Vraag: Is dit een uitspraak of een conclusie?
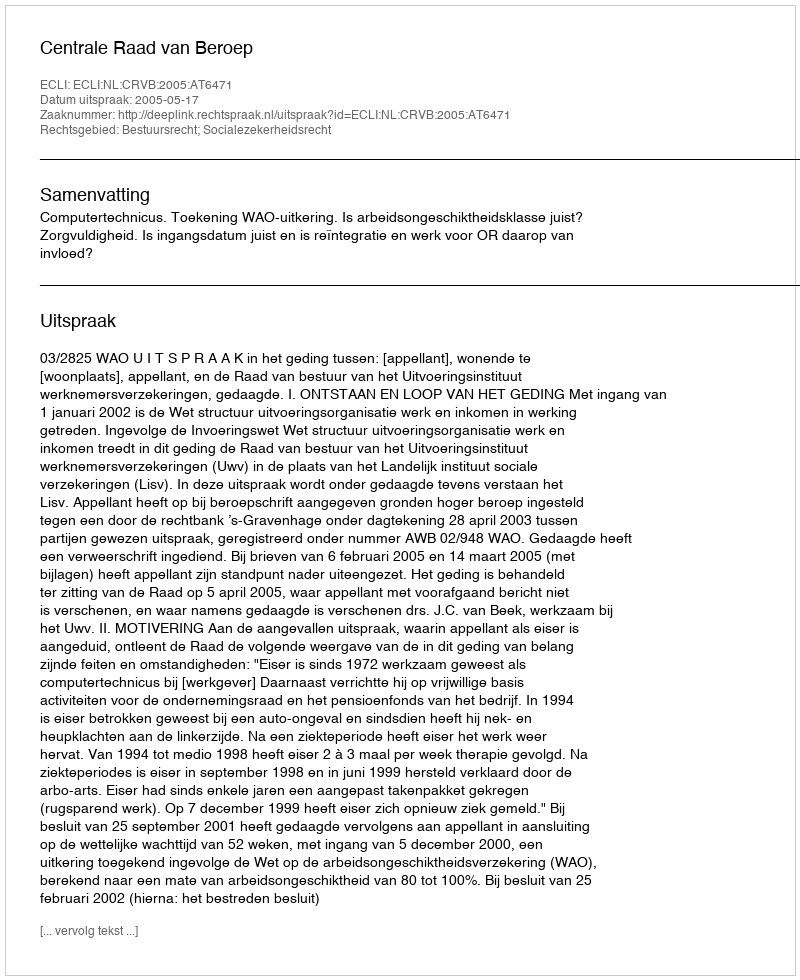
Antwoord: Uitspraak